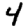
Digit: 4